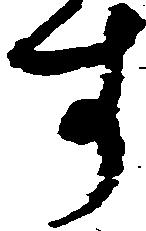
す